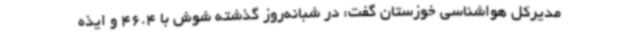
مدیرکل هواشناسی خوزستان گفت: در شبانه‌روز گذشته شوش با 46.4 و ایذه